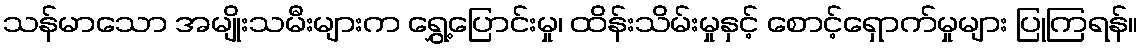
သန်မာသော အမျိုးသမီးများက ရွှေ့ပြောင်းမှု၊ ထိန်းသိမ်းမှုနှင့် စောင့်ရှောက်မှုများ ပြုကြရန်။